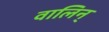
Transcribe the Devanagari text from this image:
वालिन्